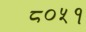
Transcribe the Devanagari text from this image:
८०५१